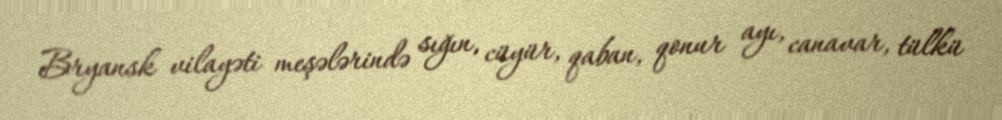
Bryansk vilayəti meşələrində sığın, cüyür, qaban, qonur ayı, canavar, tülkü